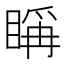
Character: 𥈦